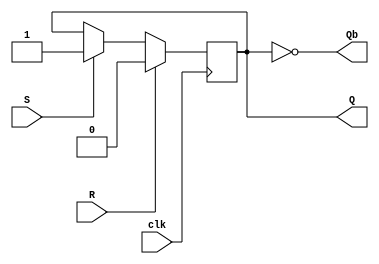
`timescale 1ns / 1ps

/*
Truth table of SR Flip Flop
  S R     CLK     Q   Q`  Remarks
  ================================
  0 0   RISING    Q   Q`  retain
  0 1   RISING    0   1   Reset
  1 0   RISING    1   0   Set
  1 1   RISING    ?   ?   INVALID
  x x   FALLING   Q   Q`  retain
*/

module SRFF(
  input S,          // Set
  input R,          // Reset
  input clk,        // Clock
  output reg Q,     // Output of SR Flip Flop
  output Qb         // Complimented output of SR Flip Flop
);
  initial Q = 0;    // Initialize Q with 0
  assign Qb = ~Q;   // Assign Qb to always be compliment of Q.
  always @(posedge clk) begin
    if (S) Q <= 1'b1;
    if (R) Q <= 1'b0;
  end
endmodule